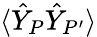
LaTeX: \langle\hat{Y}_{P}\hat{Y}_{P^{\prime}}\rangle